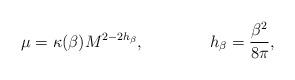
LaTeX: \begin{align*}\mu =\kappa (\beta )M^{2-2h_{\beta }},\qquad \qquad h_{\beta }=\frac{\beta ^{2}}{8\pi },\end{align*}